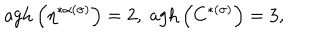
\mathrm { a g h } \left( \eta ^ { * \alpha ( \sigma ) } \right) = 2 , \; \mathrm { a g h } \left( C ^ { * ( \sigma ) } \right) = 3 ,